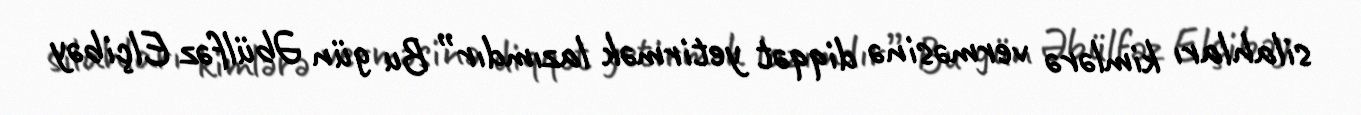
silahları kimlərə verməsinə diqqət yetirmək lazımdır” Bu gün Əbülfəz Elçibəy